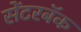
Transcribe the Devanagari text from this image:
सेंटरबॅक